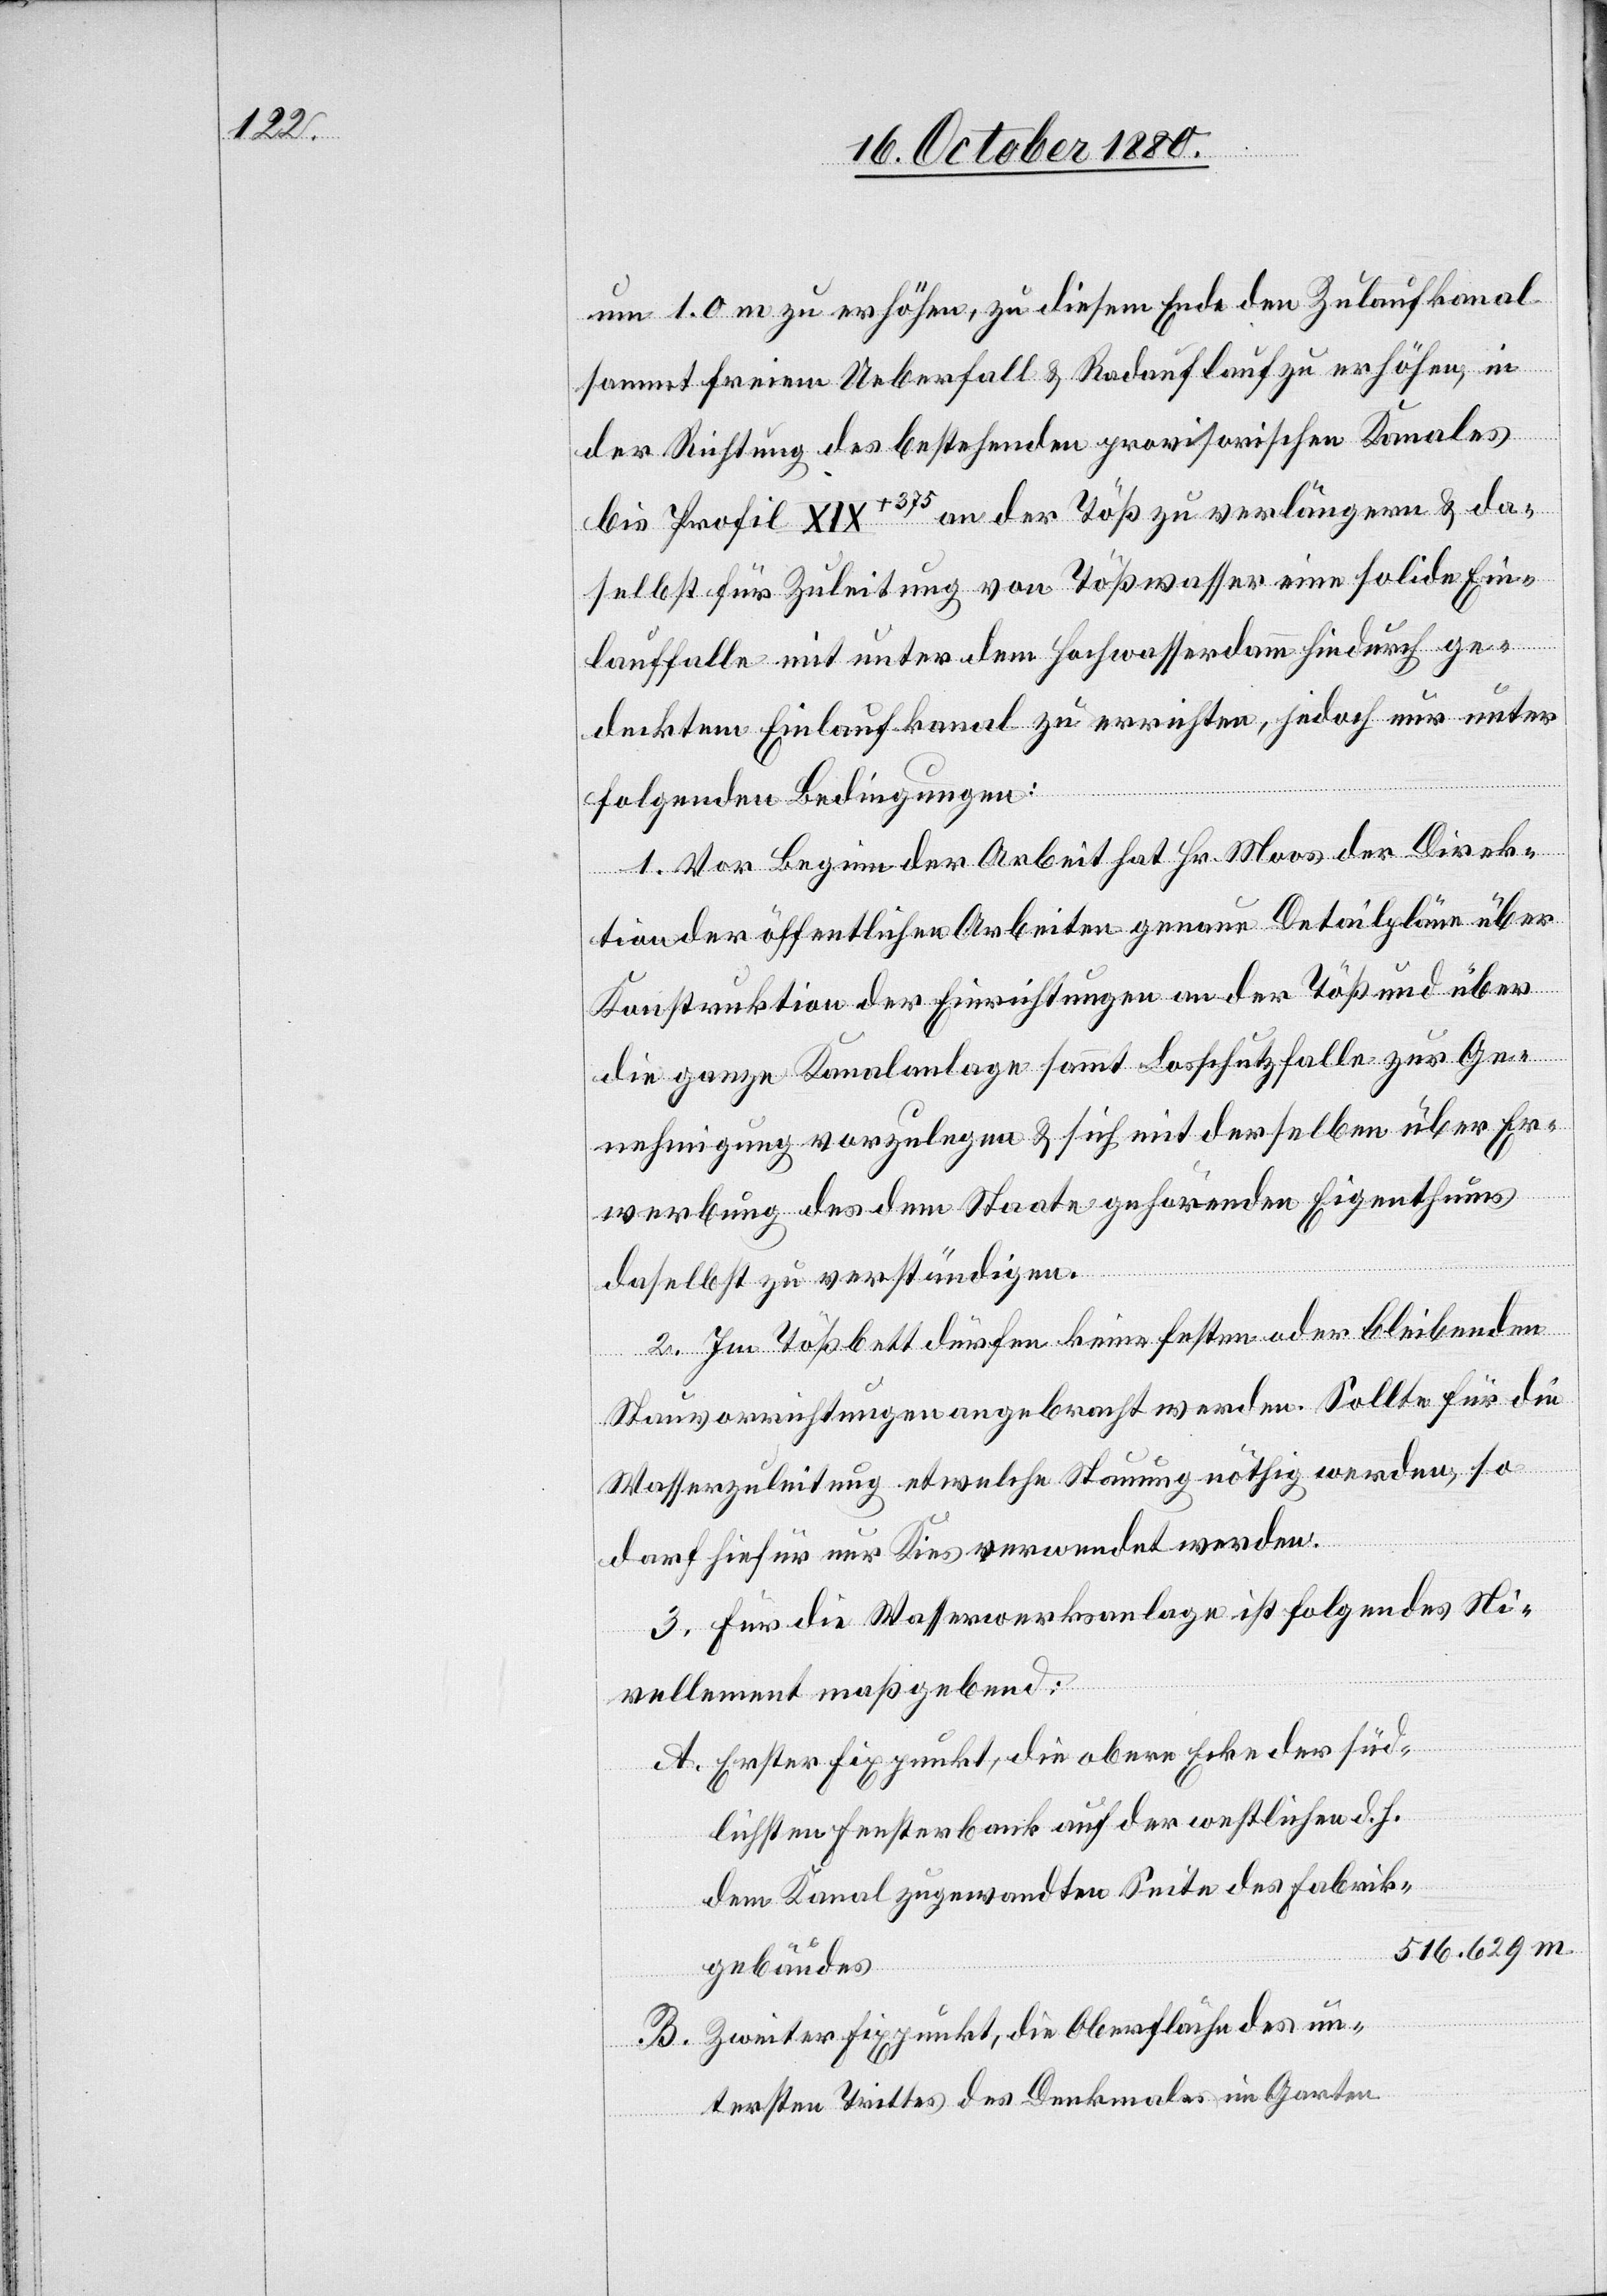
um 1.0 m zu erhöhen, zu diesem Ende den Zulaufkanal
sammt freiem Ueberfall & Radauflauf zu erhöhen, in
B.
der Richtung des bestehenden provisorischen Kanals
bis Profil XIX+375 an der Töß zu verlängern & da¬
selbst für Zuleitung von Tößwasser eine solide Ein¬
lauffalle mit unter dem Hochwasserdamm hindurch ge¬
decktem Einlaufkanal zu errichten, jedoch nur unter
folgenden Bedingungen:
1. Vor Beginn der Arbeit hat Hr. Moos der Direk¬
tion der öffentlichen Arbeiten genaue Detailpläne über
Konstruktion der Einrichtungen an der Töß und über
die ganze Kanalanlage sammt Losschutzfalle zur Ge¬
nehmigung vorzulegen & sich mit derselben über Er¬
werbung des dem Staate gehörenden Eigenthums
daselbst zu verständigen.
2. Im Tößbett dürfen keine festen oder bleibenden
Stauvorrichtungen angebracht werden. Sollte für die
Wasserzuleitung etwelche Stauung nöthig werden, so
darf hiefür nur Kies verwendet werden.
3. Für die Wasserwerksanlage ist folgendes Ni¬
vellement maßgebend:
Erster Fixpunkt, die obere Ecke der süd¬
lichsten Fensterbank auf der westlichen d. h.
dem Kanal zugewandten Seite des Fabrik¬
519.629 m
gebäudes
Zweiter Fixpunkt, die Oberfläche des un¬
tersten Trittes des Denkmales im Garten